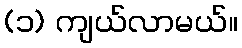
(၁) ကျယ်လာမယ်။